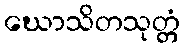
ဃောသိတသုတ္တံ